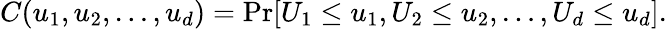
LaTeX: C(u_{1},u_{2},\dots,u_{d})=\operatorname*{Pr}[U_{1}\leq u_{1},U_{2}\leq u_{2},\dots,U_{d}\leq u_{d}].